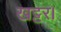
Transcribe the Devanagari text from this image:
खट्टर।